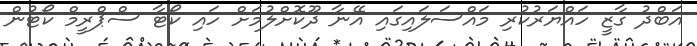
އަބްދު ގާޒީ ހައްޔަރުކުރި މައްސަލައިގައި އޭނާ ދޫކޮށްލުމަށް ހައި ކޯޓާ ސްޕްރީމް ކޯޓުން